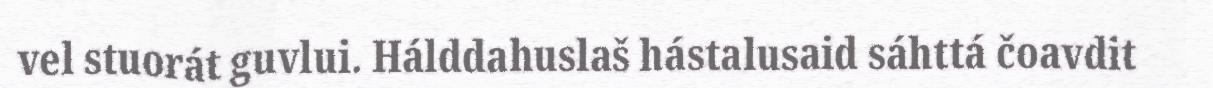
vel stuorát guvlui. Hálddahuslaš hástalusaid sáhttá čoavdit